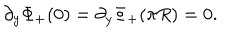
\partial _ { y } \Phi _ { + } ( 0 ) = \partial _ { y } \Phi _ { + } ( \pi R ) = 0 .